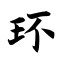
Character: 环